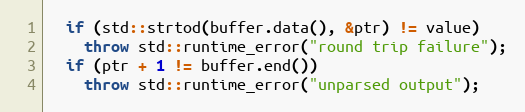
Language: C++
  if (std::strtod(buffer.data(), &ptr) != value)
    throw std::runtime_error("round trip failure");
  if (ptr + 1 != buffer.end())
    throw std::runtime_error("unparsed output");